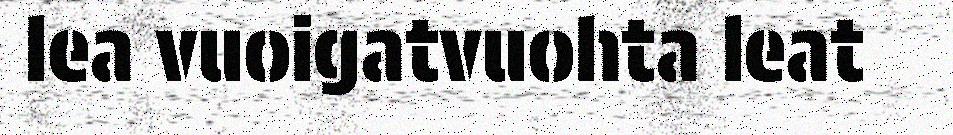
lea vuoigatvuohta leat